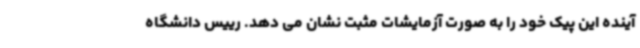
آینده این پیک خود را به صورت آزمایشات مثبت نشان می دهد. رییس دانشگاه